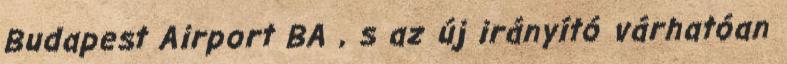
Budapest Airport BA , s az új irányító várhatóan